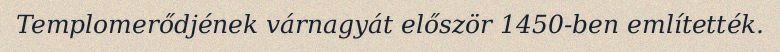
Templomerődjének várnagyát először 1450-ben említették.